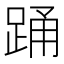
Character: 踊